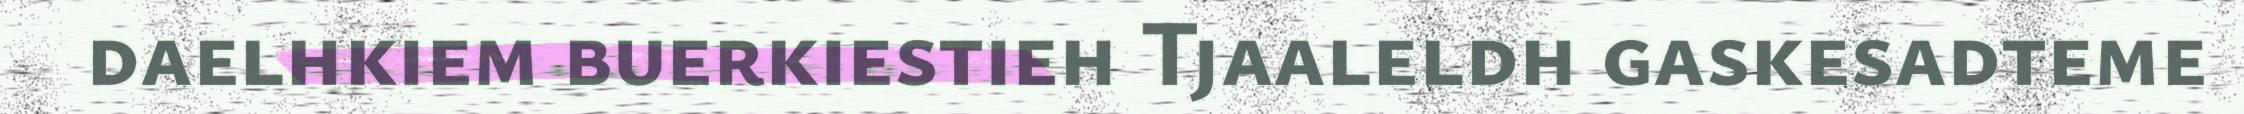
daelhkiem buerkiestieh Tjaaleldh gaskesadteme